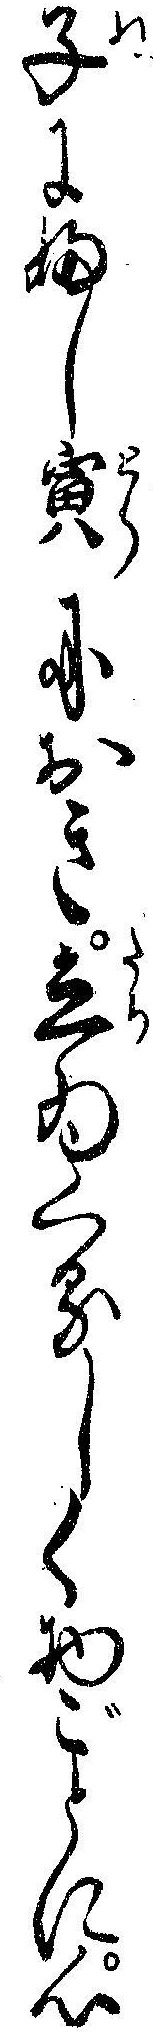
子にふし寅におき立ゐくるしく物ごとに心